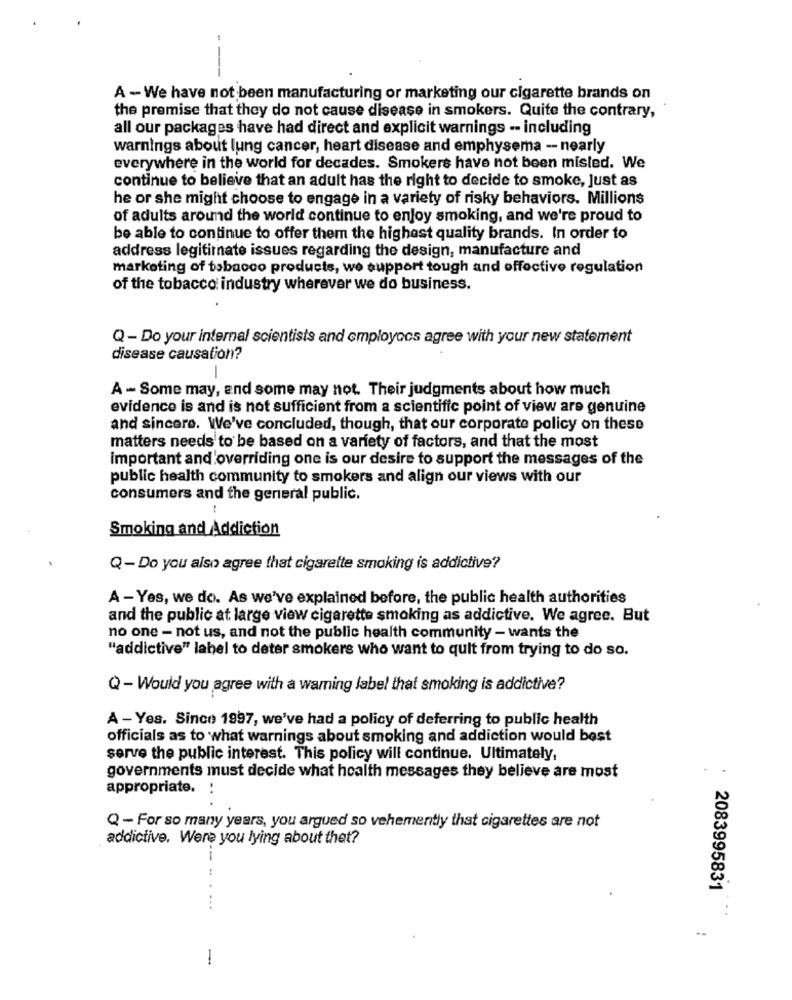
--
A - We have not been manufacturing or marketing our cigarette brands on
the premise that they do not cause disease in smokers. Quite the contrary,
all our packages have had direct and explicit warnings -- including
warnings about lung cancer, heart disease and emphysema -- nearly
everywhere in the world for decades. Smokers have not been misled. We
continue to believe that an adult has the right to decide to smoke, Just as
he or she might choose to engage in a variety of risky behaviors. Millions
of adults around the world continue to enjoy smoking, and we're proud to
be able to continue to offer them the highest quality brands. In order to
address legitimate issues regarding the design, manufacture and
marketing of tobacco products, we support tough and effective regulation
of the tobacco industry wherever we do business.
Q - Do your internal scientists and employocs agree with your new statement
disease causation?
A - Some may, and some may not. Their judgments about how much
evidence is and is not sufficient from a scientific point of view are genuine
and sincere. We've concluded, though, that our corporate policy on these
matters needs to be based on a variety of factors, and that the most
important and overriding one is our desire to support the messages of the
public health community to smokers and align our views with our
consumers and the general public.
Smoking and Addiction
Q- Do you also agree that cigarette smoking is addictive?
A - Yes, we do. As we've explained before, the public health authorities
and the public at large view cigarette smoking as addictive. We agree. But
no one - not us, and not the public health community - wants the
"addictive" label to deter smokers who want to quit from trying to do so.
Q - Would you agree with a warning label that smoking is addictive?
A - Yes. Since 1997, we've had a policy of deferring to public health
officials as to what warnings about smoking and addiction would best
serve the public interest. This policy will continue. Ultimately,
governments must decide what health messages they believe are most
appropriate.
:
Q - For so many years, you argued so vehemently that cigarettes are not
addictive. Were you lying about thet?
--
2083995831
--
-